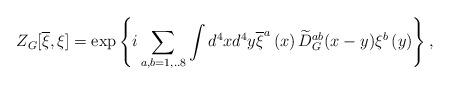
LaTeX: \begin{align*}Z_G[\overline{\xi },\xi ]=\exp \left\{i\sum\limits_{a,b=1,..8}\int d^4xd^4y \overline{\xi }^a\left(x\right) \widetilde{D}_G^{ab}(x-y)\xi ^b\left(y\right) \right\},\end{align*}